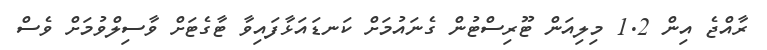
ރާއްޖެ އިން 1.2 މިލިއަން ޓޫރިސްޓުން ގެނައުމަށް ކަނޑައަޅާފައިވާ ޓާގެޓަށް ވާސިލްވުމަށް ވެސް